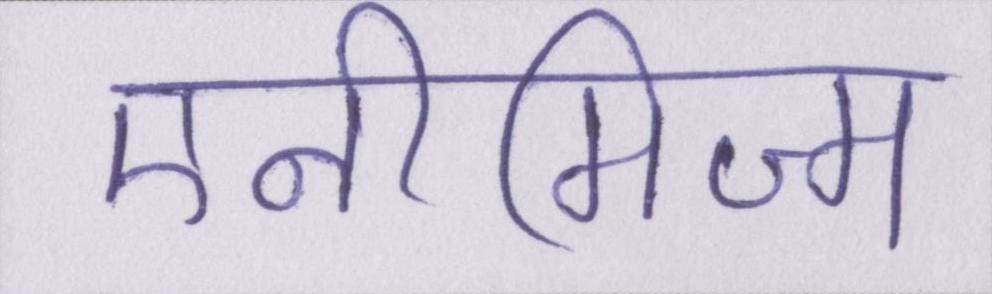
एनीमिज्म